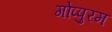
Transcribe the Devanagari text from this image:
गोप्पुरम